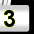
Digit: 3